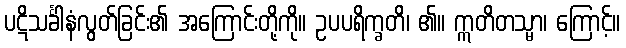
ပဋိသင်္ခါနံလွတ်ခြင်း၏ အကြောင်းတို့ကို။ ဥပပရိက္ခတိ၊ ၏။ ဣတိတသ္မာ၊ ကြောင့်။